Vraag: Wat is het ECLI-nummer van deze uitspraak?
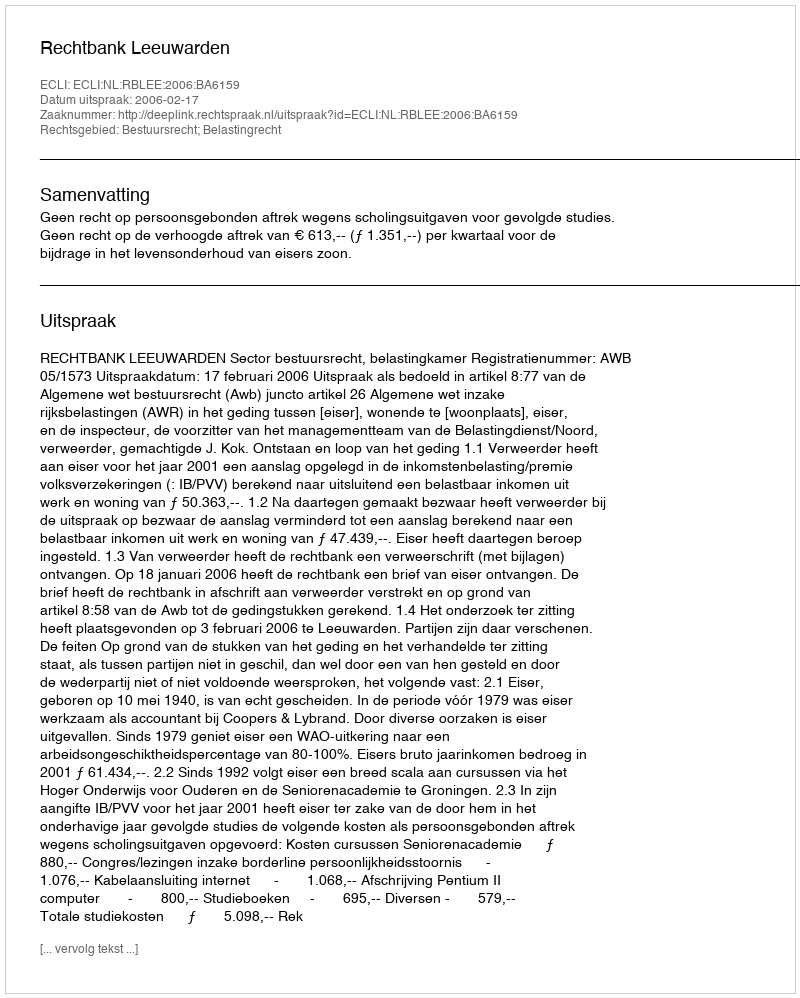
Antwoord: ECLI:NL:RBLEE:2006:BA6159